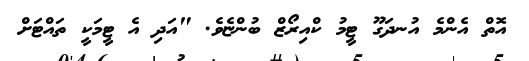
އޮތް އެންމެ އުނދަގޫ ޓީމު ކްއިރޯޒް ބުންޏެވެ. "އަދި އެ ޓީމަކީ ތައްޓަށް